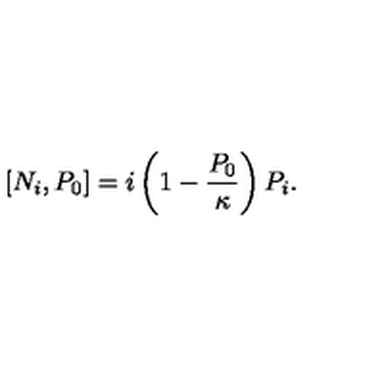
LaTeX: \left[ N _ { i } , P _ { 0 } \right] = i \left( 1 - { \frac { P _ { 0 } } { \kappa } } \right) P _ { i } .